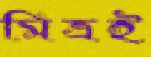
মিত্রই